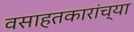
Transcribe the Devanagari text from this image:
वसाहतकारांच्या